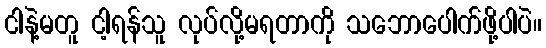
ငါနဲ့မတူ ငါ့ရန်သူ လုပ်လို့မရတာကို သဘောပေါက်ဖို့ပါပဲ။